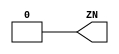
// Copyright 2022 GlobalFoundries PDK Authors
//
// Licensed under the Apache License, Version 2.0 (the "License");
// you may not use this file except in compliance with the License.
// You may obtain a copy of the License at
//
//      http://www.apache.org/licenses/LICENSE-2.0
//
// Unless required by applicable law or agreed to in writing, software
// distributed under the License is distributed on an "AS IS" BASIS,
// WITHOUT WARRANTIES OR CONDITIONS OF ANY KIND, either express or implied.
// See the License for the specific language governing permissions and
// limitations under the License.

module gf180mcu_fd_sc_mcu7t5v0__tiel( ZN );
output ZN;

	assign ZN = 1'b0;

endmodule